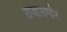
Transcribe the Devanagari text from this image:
राजासमोर